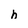
Character: h